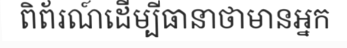
ពិព័រណ៍ដើម្បីធានាថាមានអ្នក